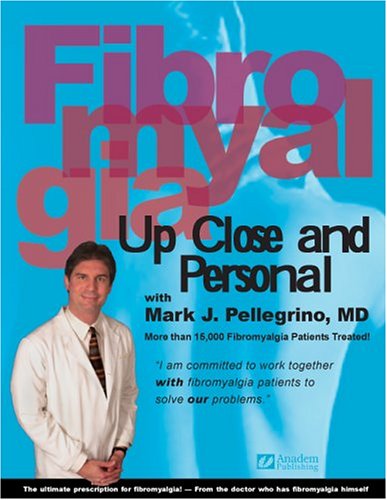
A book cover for Fibromyalgia: Up Close & Personal; Mark J. Pellegrino; Health, Fitness & Dieting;